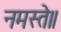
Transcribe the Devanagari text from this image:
नमस्ते॥